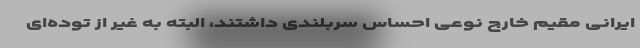
ایرانی مقیم خارج نوعی احساس سربلندی داشتند، البته به غیر از توده‌ای